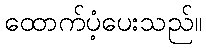
ထောက်ပံ့ပေးသည်။